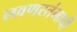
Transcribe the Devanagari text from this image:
लवणस्तंभाची